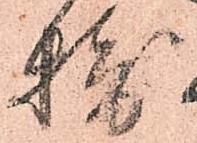
摂